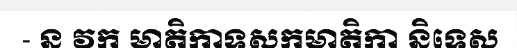
- ន វក មាតិកាទសកមាតិកា និទេស